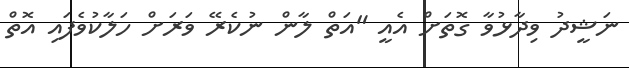
ނަޝީދު ވިދާޅުވާ ގޮތަށް އެއީ "އަތް ލާން ނުކެރޭ ވަރަށް ހަލާކުވެފައި އޮތް